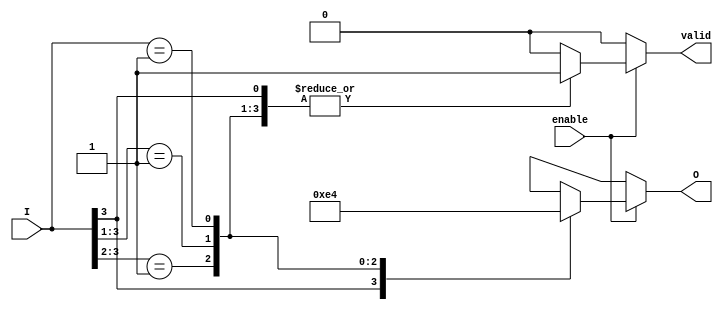
module priority_encoder (
    input wire [3:0] I,      // 4 binary inputs
    input wire enable,        // Enable signal
    output reg [1:0] O,      // 2-bit output for the index of the highest priority active input
    output reg valid          // Output signal indicating if any input is active
);

always @(*) begin
    if (enable) begin
        casez (I) // Using casez to handle don't care conditions
            4'b1??? : begin O = 2'b11; valid = 1; end // I[3] is active
            4'b01?? : begin O = 2'b10; valid = 1; end // I[2] is active
            4'b001? : begin O = 2'b01; valid = 1; end // I[1] is active
            4'b0001 : begin O = 2'b00; valid = 1; end // I[0] is active
            default : begin O = 2'bxx; valid = 0; end // No active inputs
        endcase
    end else begin
        O = 2'bxx; // Output is undefined if not enabled
        valid = 0; // No valid output if not enabled
    end
end

endmodule